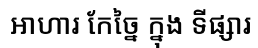
អាហារ កែច្នៃ ក្នុង ទីផ្សារ